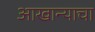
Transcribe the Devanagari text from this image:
आखान्याचा